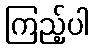
ကြည့်ပါ